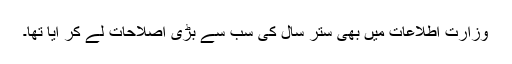
وزارت اطلاعات میں بھی ستر سال کی سب سے بڑی اصلاحات لے کر آیا تھا۔